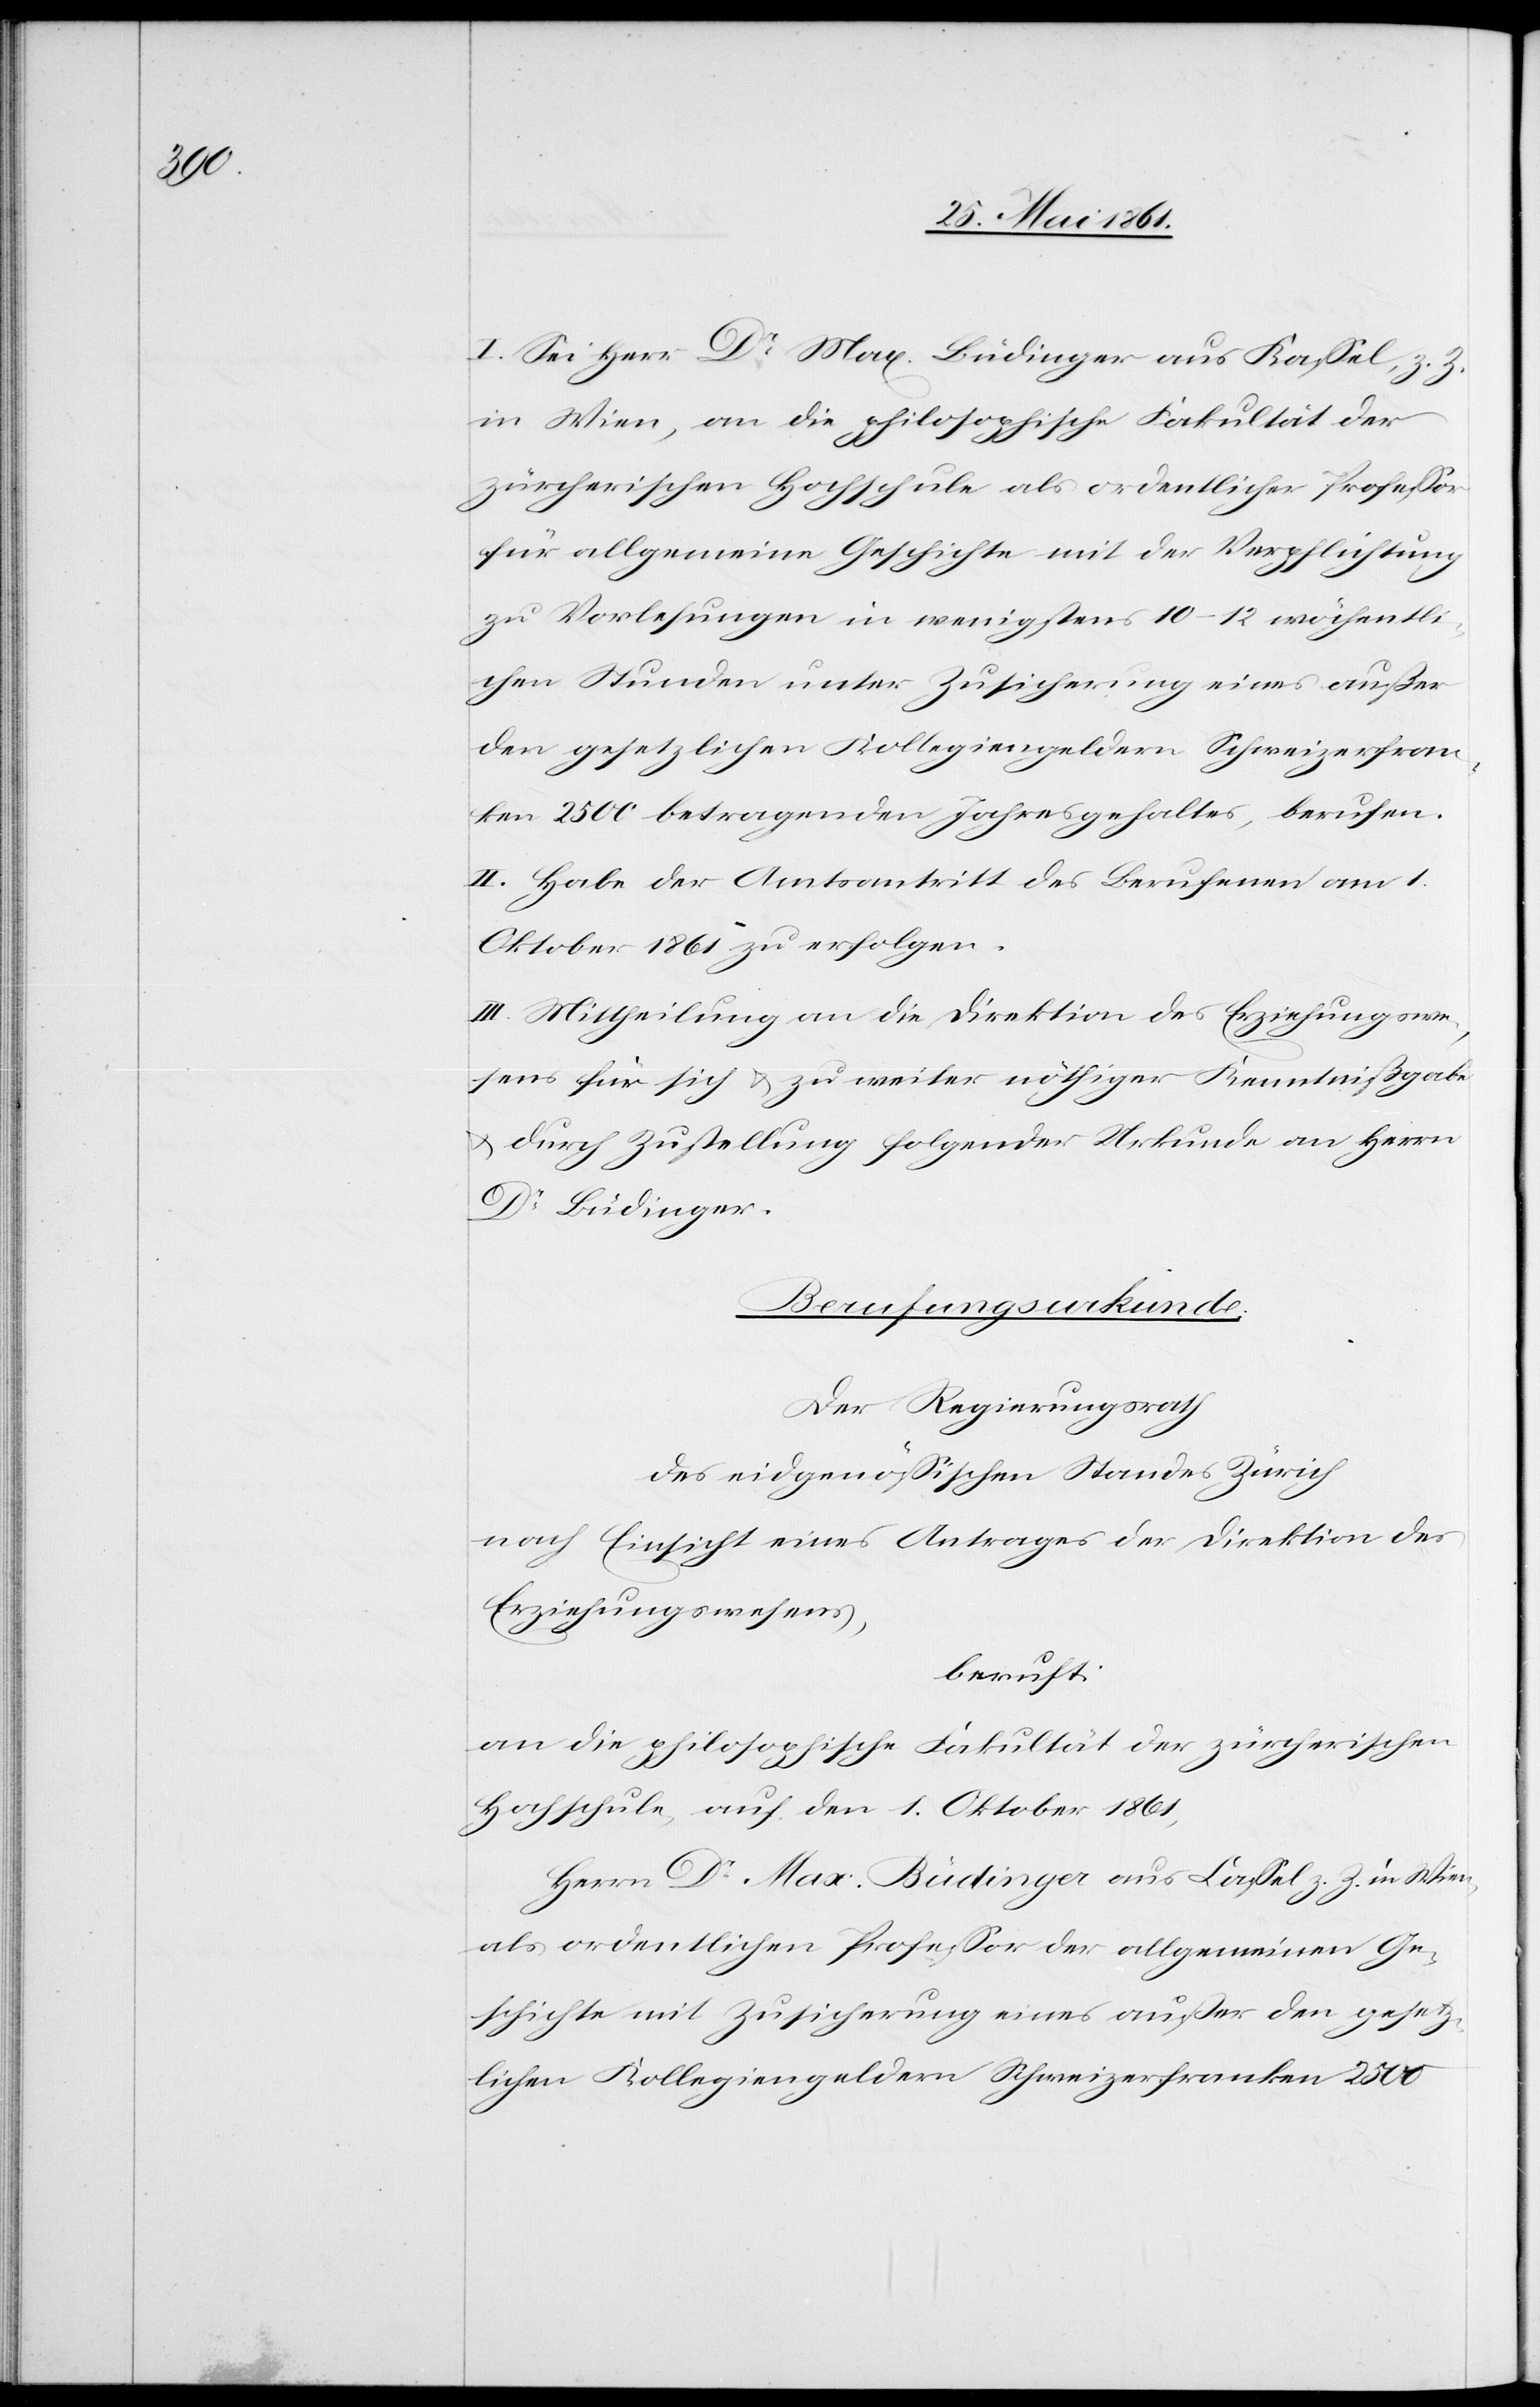
I. Sei Herr Dr. Max. Büdinger aus Kassel, z. Z.
in Wien, an die philosophische Fakultät der
zürcherischen Hochschule als ordentlicher Professor
für allgemeine Geschichte mit der Verpflichtung
zu Vorlesungen in wenigstens 10–12 wöchentli¬
chen Stunden unter Zusicherung eines außer
den gesetzlichen Kollegiengeldern Schweizerfran¬
ken 2500 betragenden Jahresgehaltes, berufen.
II. Habe der Amtsantritt des Berufenen am 1.
Oktober 1861 zu erfolgen.
III. Mittheilung an die Direktion des Erziehungswe¬
sens für sich u. zu weiter nöthiger Kenntnißgabe
u. durch Zustellung folgender Urkunde an Herrn
Dr. Büdinger.
Berufungsurkunde.
Der Regierungsrath
des eidgenössischen Standes Zürich
nach Einsicht eines Antrages der Direktion des
Erziehungswesens,
beruft:
an die philosophische Fakultät der zürcherischen
Hochschule, auf den 1. Oktober 1861,
Herrn Dr. Max. Büdinger aus Cassel z. Z. in Wien,
als ordentlichen Professor der allgemeinen Ge¬
schichte mit Zusicherung eines außer den gesetz¬
lichen Kollegiengeldern Schweizerfranken 2500